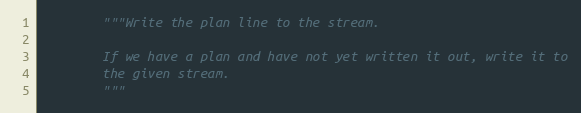
Language: Python
        """Write the plan line to the stream.

        If we have a plan and have not yet written it out, write it to
        the given stream.
        """